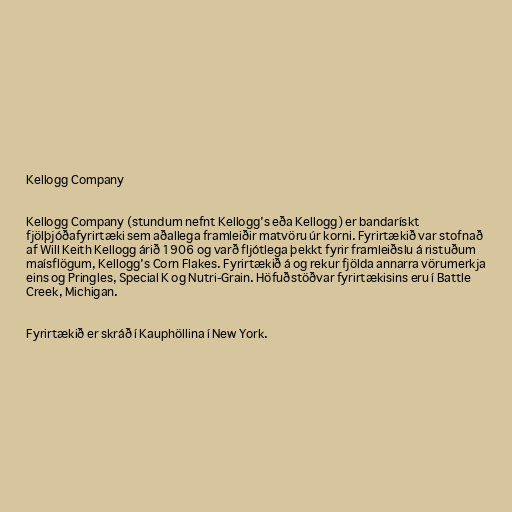
Kellogg Company

Kellogg Company (stundum nefnt Kellogg's eða Kellogg) er bandarískt
fjölþjóðafyrirtæki sem aðallega framleiðir matvöru úr korni. Fyrirtækið var stofnað
af Will Keith Kellogg árið 1906 og varð fljótlega þekkt fyrir framleiðslu á ristuðum
maísflögum, Kellogg's Corn Flakes. Fyrirtækið á og rekur fjölda annarra vörumerkja
eins og Pringles, Special K og Nutri-Grain. Höfuðstöðvar fyrirtækisins eru í Battle
Creek, Michigan.

Fyrirtækið er skráð í Kauphöllina í New York.